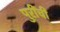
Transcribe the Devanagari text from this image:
पुरींची